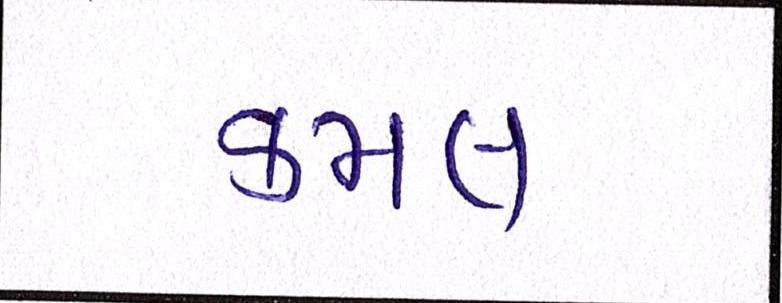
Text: કમલ